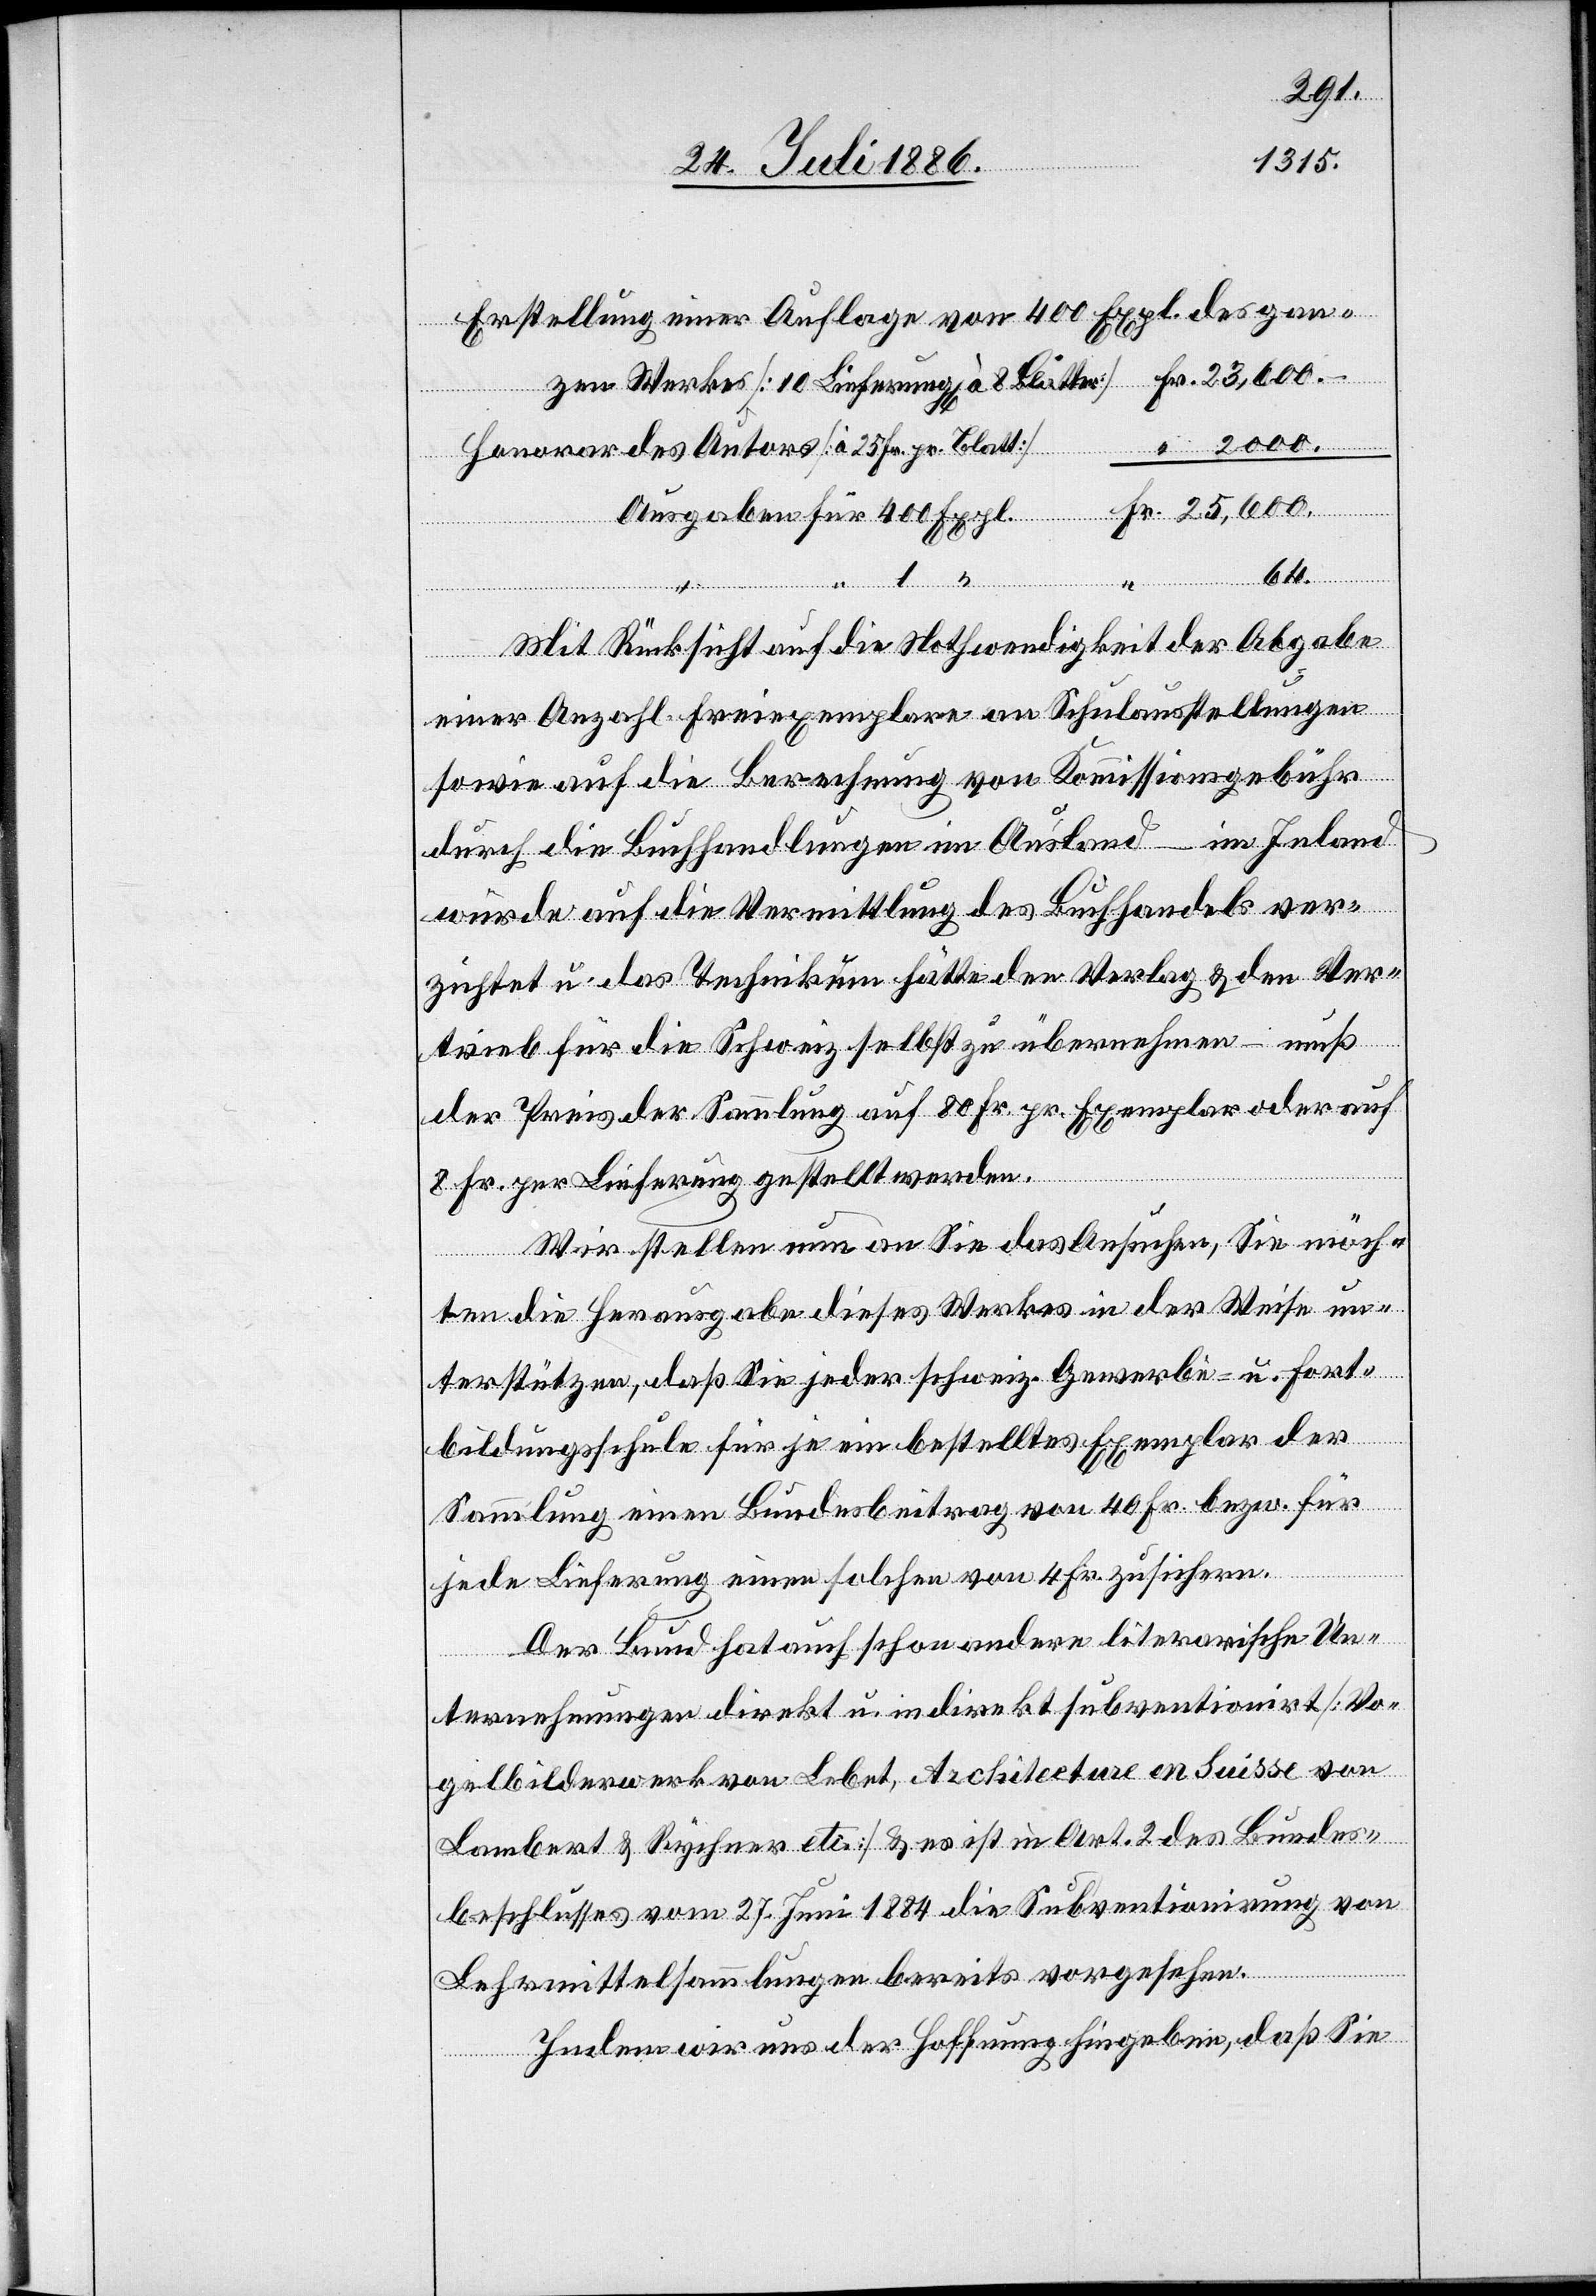
2000.
Erstellung einer Auflage von 400 Expl. des gan¬
Honorar des Autors [à 25 Fr. pr. Blatt]
Ausgaben
Mit Rücksicht auf die Nothwendigkeit der Abgabe
einer Anzahl Freiexemplare an Schulausstellungen
sowie auf die Berechnung von Kommissionsgebühr
durch die Buchhandlungen im Ausland – im Inland
würde auf die Vermittlung des Buchhandels ver¬
zichtet u. das Technikum hätte den Verlag & den Ver¬
trieb für die Schweiz selbst zu übernehmen – muß
der Preis der Sammlung auf 80 Fr. pr. Exemplar oder auf
8 Fr. per Lieferung gestellt werden.
Wir stellen nun an Sie das Ansuchen, Sie möch¬
ten die Herausgabe dieses Werkes in der Weise un¬
terstützen, daß Sie jeder schweiz. Gewerbe- u. Fort¬
bildungsschule für je ein bestelltes Exemplar der
Sammlung einen Bundesbeitrag von 40 Fr. bezw. für
Fr.
jede Lieferung einen solchen von 4 Fr. zusichern.
Der Bund hat auch schon andere literarische Un¬
ternehmungen direkt u. indirekt subventionirt [Vo¬
gelbilderwerk von Lebet, Architecture en Suisse von
Lambert & Rychner etc.] & es ist in Art. 2 des Bundes¬
beschlusses vom 27. Juni 1884 die Subventionirung von
Lehrmittelsammlungen bereits vorgesehen.
Indem wir uns der Hoffnung hingeben, daß Sie